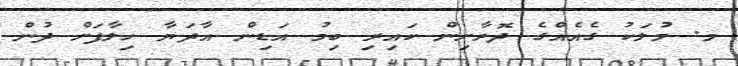
މ. މުލަކު ގެއެއްގެ ދޮރާށިން ކައިރި ބިމު އަޑިން އާދަޔާ ހިލާފަށް ދުން